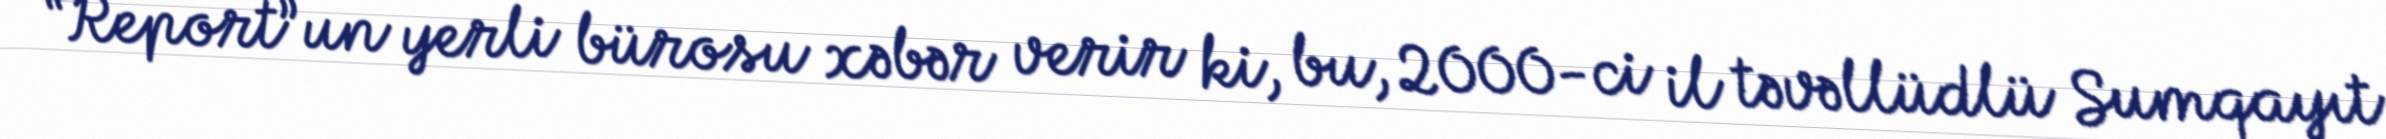
“Report”un yerli bürosu xəbər verir ki, bu, 2000-ci il təvəllüdlü Sumqayıt